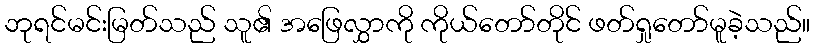
ဘုရင်မင်းမြတ်သည် သူ၏ အဖြေလွှာကို ကိုယ်တော်တိုင် ဖတ်ရှုတော်မူခဲ့သည်။